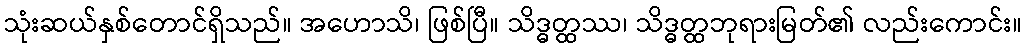
သုံးဆယ်နှစ်တောင်ရှိသည်။ အဟောသိ၊ ဖြစ်ပြီ။ သိဒ္ဓတ္ထဿ၊ သိဒ္ဓတ္ထဘုရားမြတ်၏ လည်းကောင်း။